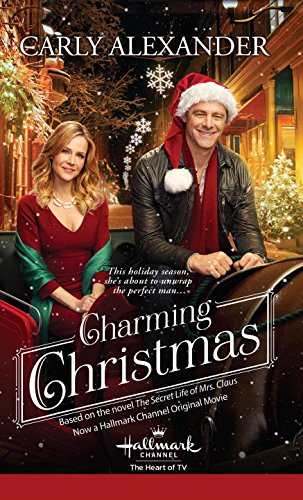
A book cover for Charming Christmas; Carly Alexander; Romance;